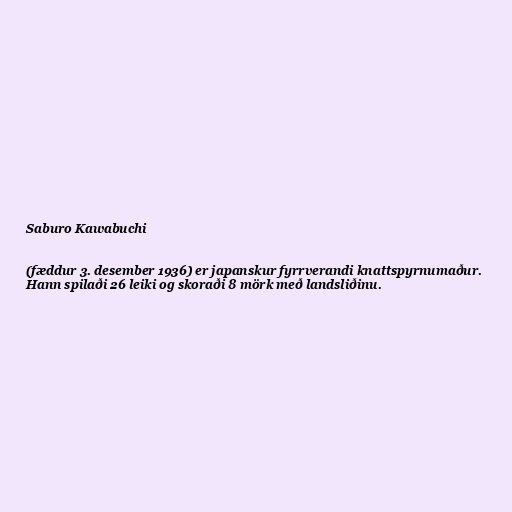
Saburo Kawabuchi

(fæddur 3. desember 1936) er japanskur fyrrverandi knattspyrnumaður.
Hann spilaði 26 leiki og skoraði 8 mörk með landsliðinu.